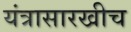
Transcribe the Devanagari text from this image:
यंत्रासारखीच